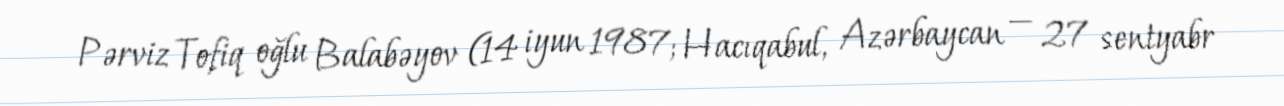
Pərviz Tofiq oğlu Balabəyov (14 iyun 1987; Hacıqabul, Azərbaycan — 27 sentyabr